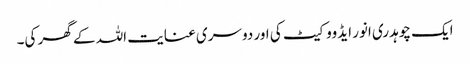
ایک چوہدری انور ایڈووکیٹ کی اور دوسری عنایت اللہ کے گھر کی۔